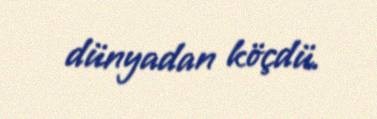
dünyadan köçdü.